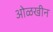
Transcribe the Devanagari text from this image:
ओळखीन